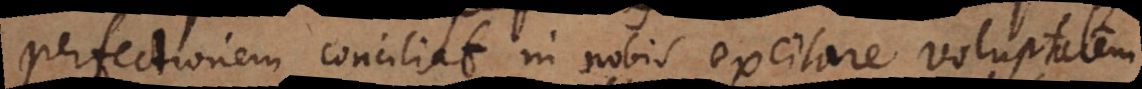
perfectionem conciliat in nobis excitare voluptatem,